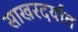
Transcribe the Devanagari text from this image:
साखरदर्यात